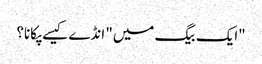
"ایک بیگ میں" انڈے کیسے پکانا؟